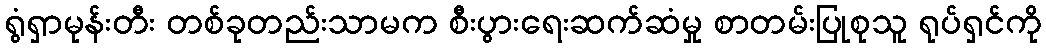
ရွံရှာမုန်းတီး တစ်ခုတည်းသာမက စီးပွားရေးဆက်ဆံမှု စာတမ်းပြုစုသူ ရုပ်ရှင်ကို